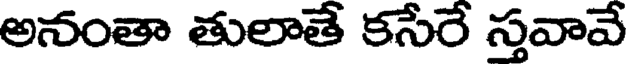
అనంతా తులాతే కసేరే స్తవావే